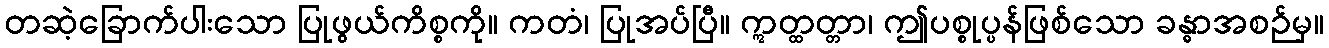
တဆဲ့ခြောက်ပါးသော ပြုဖွယ်ကိစ္စကို။ ကတံ၊ ပြုအပ်ပြီ။ ဣတ္ထတ္တာ၊ ဤပစ္စုပ္ပန်ဖြစ်သော ခန္ဓာအစဉ်မှ။